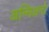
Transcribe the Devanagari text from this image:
अम्मिअनो